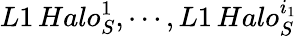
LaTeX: L1\, Halo_{S}^{1},\cdots,L1\, Halo_{S}^{i_{1}}